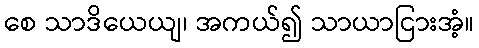
စေ သာဒိယေယျ၊ အကယ်၍ သာယာငြားအံ့။